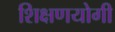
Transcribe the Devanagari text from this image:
शिक्षणयोगी